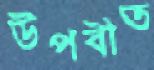
উপবীত